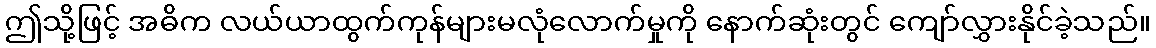
ဤသို့ဖြင့် အဓိက လယ်ယာထွက်ကုန်များမလုံလောက်မှုကို နောက်ဆုံးတွင် ကျော်လွှားနိုင်ခဲ့သည်။